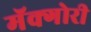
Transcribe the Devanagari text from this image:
मॅक्गोरी